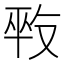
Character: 𠭕